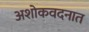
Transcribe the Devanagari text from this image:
अशोकवदनात